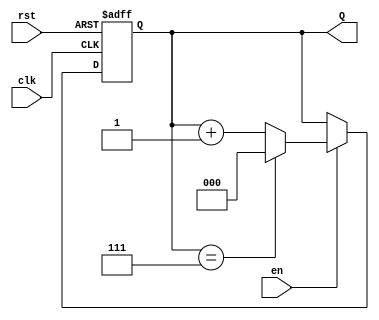
module UpCounterMoore #(
    parameter N = 3  // Parameter for number of bits (default is 3 bits)
)(
    input wire clk,   // Clock input
    input wire rst,   // Asynchronous reset input
    input wire en,    // Enable input
    output reg [N-1:0] Q // Output count
);

    // State transition logic
    always @(posedge clk or posedge rst) begin
        if (rst) begin
            Q <= 0; // Reset state to 0
        end else if (en) begin
            if (Q == (1 << N) - 1) begin
                Q <= 0; // Wrap around to 0 if max count is reached
            end else begin
                Q <= Q + 1; // Increment the counter
            end
        end
        // If enable is low, Q retains its current state (no action)
    end

endmodule